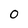
Character: 0